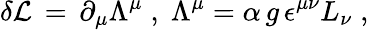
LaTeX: \delta{\cal L}\, =\, \partial_{\mu}\Lambda^{\mu}\; ,\; \Lambda^{\mu}=\alpha\, g\, \epsilon^{\mu\nu}L_{\nu}\; ,